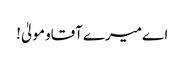
اےمیرےآقاومولیٰ!